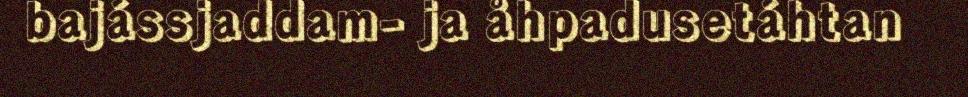
bajássjaddam- ja åhpadusetáhtan